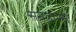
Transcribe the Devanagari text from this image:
सनडान्स